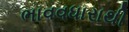
ભાવવધારાથી